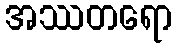
အဿတရော